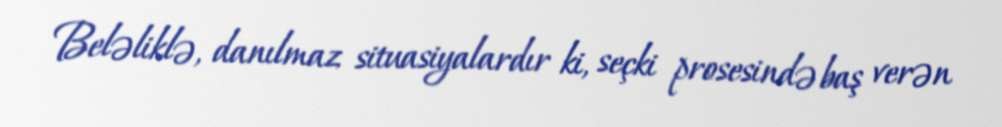
Beləliklə, danılmaz situasiyalardır ki, seçki prosesində baş verən